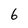
Character: 6